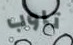
تاوب